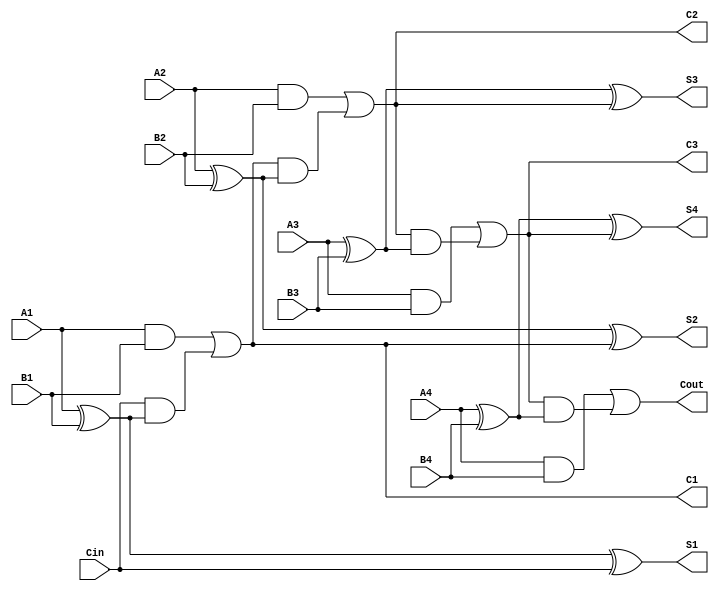
`timescale 1ns / 1ps

module adder(A4, A3, A2, A1, B4, B3, B2, B1, Cin, C1, C2, C3, Cout, S4, S3, S2, S1);

input A4, A3, A2, A1, B4, B3, B2, B1, Cin;
output S4, S3, S2, S1, C1, C2, C3, Cout;

assign S1=A1^B1^Cin;
assign C1=(A1&B1)|((Cin)&(A1^B1));
assign S2=A2^B2^C1;
assign C2=(A2&B2)|((C1)&(A2^B2));
assign S3=A3^B3^C2;
assign C3=(A3&B3)|((C2)&(A3^B3));
assign S4=A4^B4^C3;
assign Cout=(A4&B4)|((C3)&(A4^B4));

endmodule